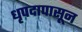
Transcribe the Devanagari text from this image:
धृपदापासून